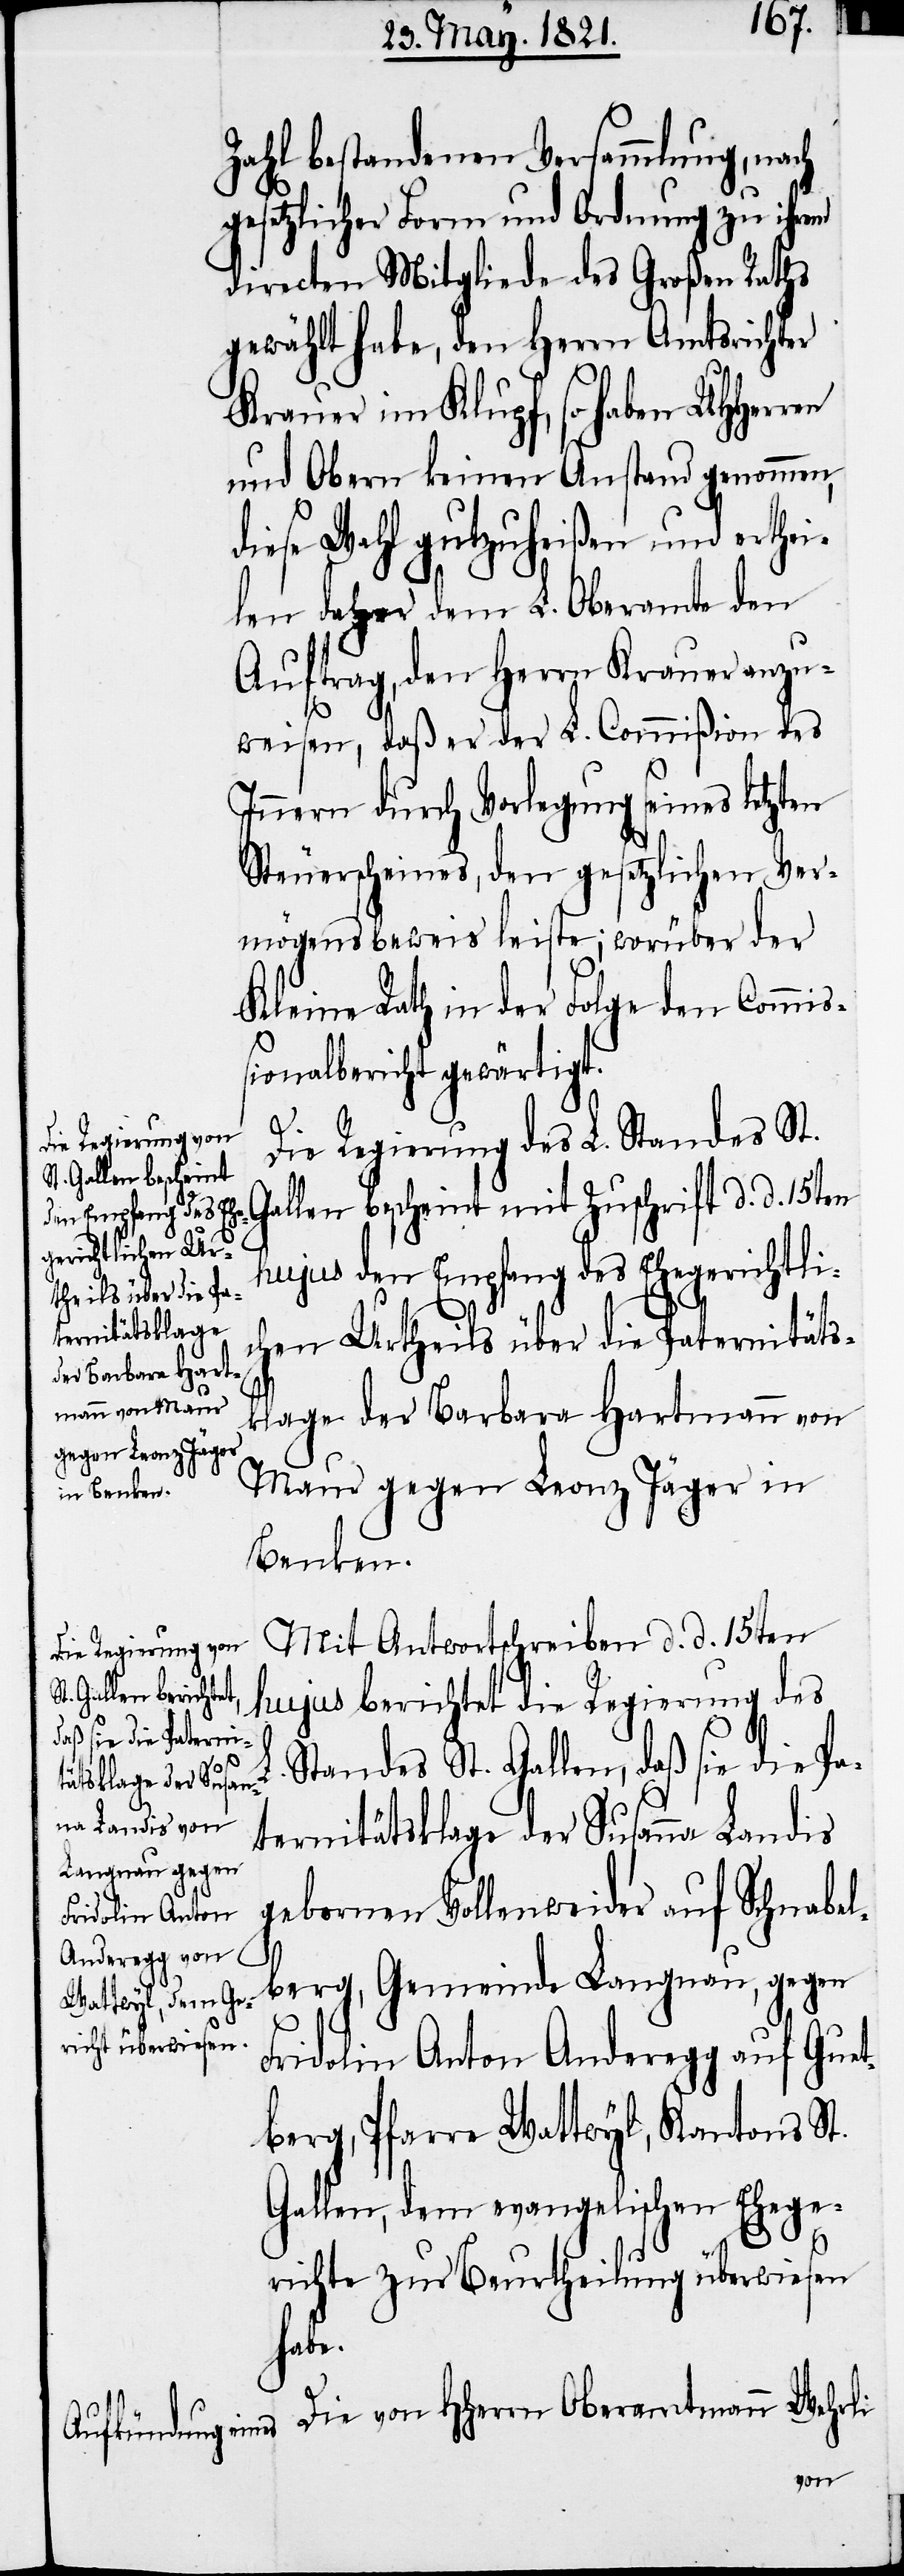
Zahl bestandenen Versammlung, nach
gesetzlicher Form und Ordnung zu ihrem
directen Mitgliede des Großen Raths
gewählt habe, den Herrn Amtsrichter
Krauer im Klupf, so haben UHHer¬
und Obern keinen Anstand genommen,
diese Wahl gutzuheißen und erthei¬
len daher dem L. Oberamte den
Innern durch Vorlegung seines letzten
Steuerscheines, den gesetzlichen Ver¬
mögensbeweis leiste; worüber der
Kleine Rath in der Folge den Commiß¬
ionalbericht gewärtigt.
Die Regierung des L. Standes St.
Gallen bescheint mit Zuschrift d. d. 15ten
hujus den Empfang des Ehegerichtli¬
chen Urtheils über die Paternitäts¬
klage der Barbara Hartmann von
Maur gegen Leonz Jäger in
Benken.
Mit Antwortschreiben d. d. 15ten
hujus berichtet die Regierung des
Standes St. Gallen, daß sie die Pa¬
ternitätsklage der Susanna Landis
gebornen Vollenweider auf Schnabe¬
lberg, Gemeinde Langnau, gegen
Fridolin Anton Anderegg auf Guet¬
berg, Pfarre Wattwyl, Kantons St.
Gallen, dem evangelischen Ehege¬
richte zur Beurtheilung überwiesen
habe.
Die von HHerrn Oberamtmann Wehrli

L.